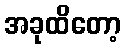
အခုထိတော့